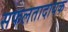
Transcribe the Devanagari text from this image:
सफलतादायक